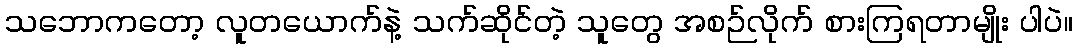
သဘောကတော့ လူတယောက်နဲ့ သက်ဆိုင်တဲ့ သူတွေ အစဉ်လိုက် စားကြရတာမျိုး ပါပဲ။